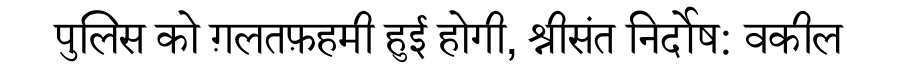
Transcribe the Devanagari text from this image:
पुलिस को ग़लतफ़हमी हुई होगी, श्रीसंत निर्दोष: वकील